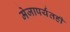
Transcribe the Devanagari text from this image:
मेजापर्यंतही